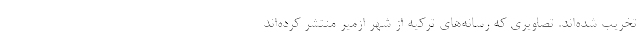
تخریب شده‌اند. تصاویری که رسانه‌های ترکیه از شهر ازمیر منتشر کرده‌اند